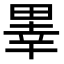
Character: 𤲜